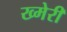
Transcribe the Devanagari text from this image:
ख्मेरी